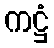
ကဋ္ဌံ